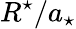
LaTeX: R^{\star}/a_{\star}